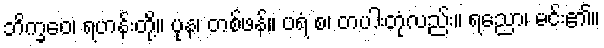
ဘိက္ခဝေ၊ ရဟန်းတို့။ ပုန၊ တစ်ဖန်။ ပရံ စ၊ တပါးတုံလည်း။ ရညော၊ မင်း၏။